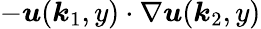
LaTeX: -\boldsymbol{u}(\boldsymbol{k}_{1},y)\cdot\nabla\boldsymbol{u}(\boldsymbol{k}_{2},y)